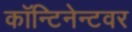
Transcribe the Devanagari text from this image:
कॉन्टिनेन्टवर